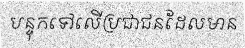
បន្ទុកទៅលើប្រជាជនដែលមាន